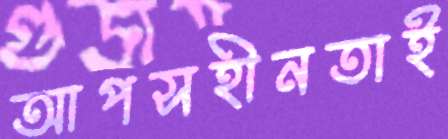
আপসহীনতাই